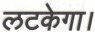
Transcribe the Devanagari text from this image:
लटकेगा।